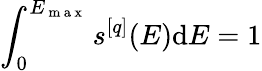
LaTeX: \int_{0}^{E_{\mathrm{~m~a~x~}}}s^{[q]}(E)\mathrm{d}E=1